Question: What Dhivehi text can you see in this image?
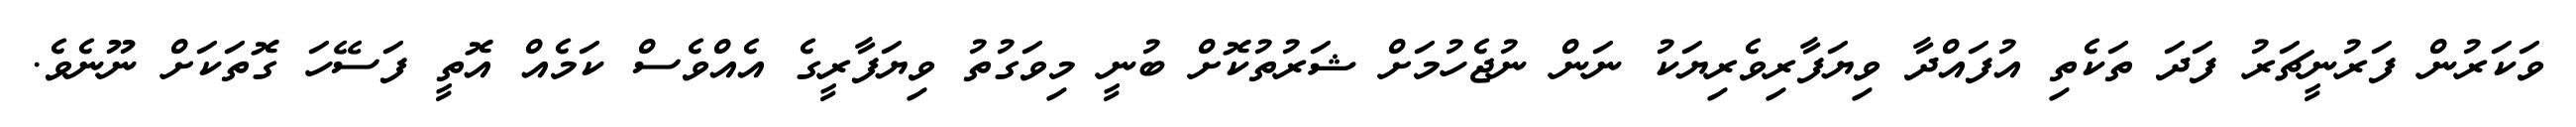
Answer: ވަކަރުން ފަރުނީޗަރު ފަދަ ތަކެތި އުފައްދާ ވިޔަފާރިވެރިޔަކު ނަން ނުޖެހުމަށް ޝަރުތުކޮށް ބުނީ މިވަގުތު ވިޔަފާރީގެ އެއްވެސް ކަމެއް އޮތީ ފަސޭހަ ގޮތަކަށް ނޫނެވެ.